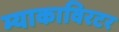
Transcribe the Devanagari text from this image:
म्याकाविरटर